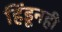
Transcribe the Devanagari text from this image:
हिंडूनही